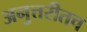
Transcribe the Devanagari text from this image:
अनुत्तरीतच